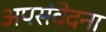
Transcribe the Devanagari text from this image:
अपसंवेदना